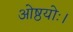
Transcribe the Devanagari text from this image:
ओष्ठयोः।